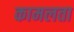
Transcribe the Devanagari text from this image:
कामलता